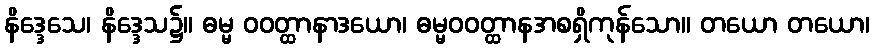
နိဒ္ဒေသေ၊ နိဒ္ဒေသ၌။ ဓမ္မ ဝဝတ္ထာနာဒယော၊ ဓမ္မဝဝတ္ထာနအစရှိကုန်သော။ တယော တယော၊